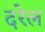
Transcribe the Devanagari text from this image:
दरेल